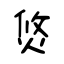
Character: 焂